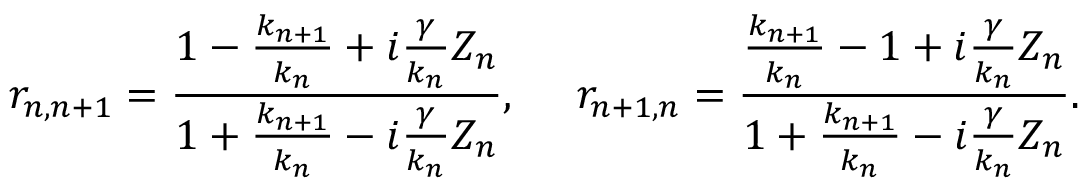
r _ { n , n + 1 } = \frac { 1 - \frac { k _ { n + 1 } } { k _ { n } } + i \frac { \gamma } { k _ { n } } Z _ { n } } { 1 + \frac { k _ { n + 1 } } { k _ { n } } - i \frac { \gamma } { k _ { n } } Z _ { n } } , \ \ \ \ r _ { n + 1 , n } = \frac { \frac { k _ { n + 1 } } { k _ { n } } - 1 + i \frac { \gamma } { k _ { n } } Z _ { n } } { 1 + \frac { k _ { n + 1 } } { k _ { n } } - i \frac { \gamma } { k _ { n } } Z _ { n } } .